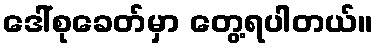
ဒေါ်စုခေတ်မှာ တွေ့ရပါတယ်။